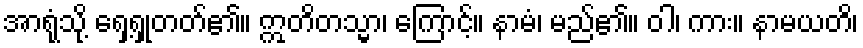
အာရုံသို့ ရှေ့ရှုတတ်၏။ ဣတိတသ္မာ၊ ကြောင့်။ နာမံ၊ မည်၏။ ဝါ၊ ကား။ နာမယတိ၊